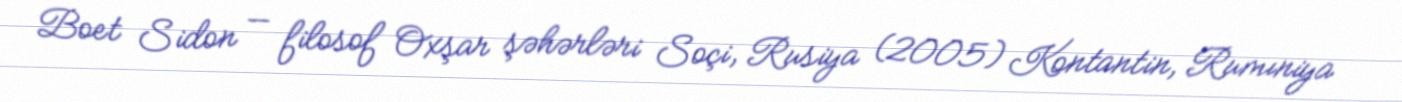
Boet Sidon — filosof Oxşar şəhərləri Soçi, Rusiya (2005) Kontantin, Rumıniya